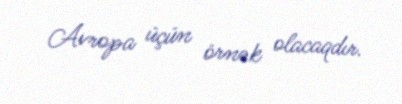
Avropa üçün örnək olacaqdır.